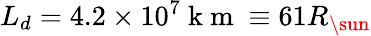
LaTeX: L_{d}=4.2\times 10^{7}\mathrm{~k~m~}\equiv 61R_{\sun}